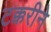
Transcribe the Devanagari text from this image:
टक्करीने